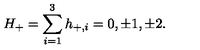
H _ { + } = \sum _ { i = 1 } ^ { 3 } h _ { + , i } = 0 , \pm 1 , \pm 2 .